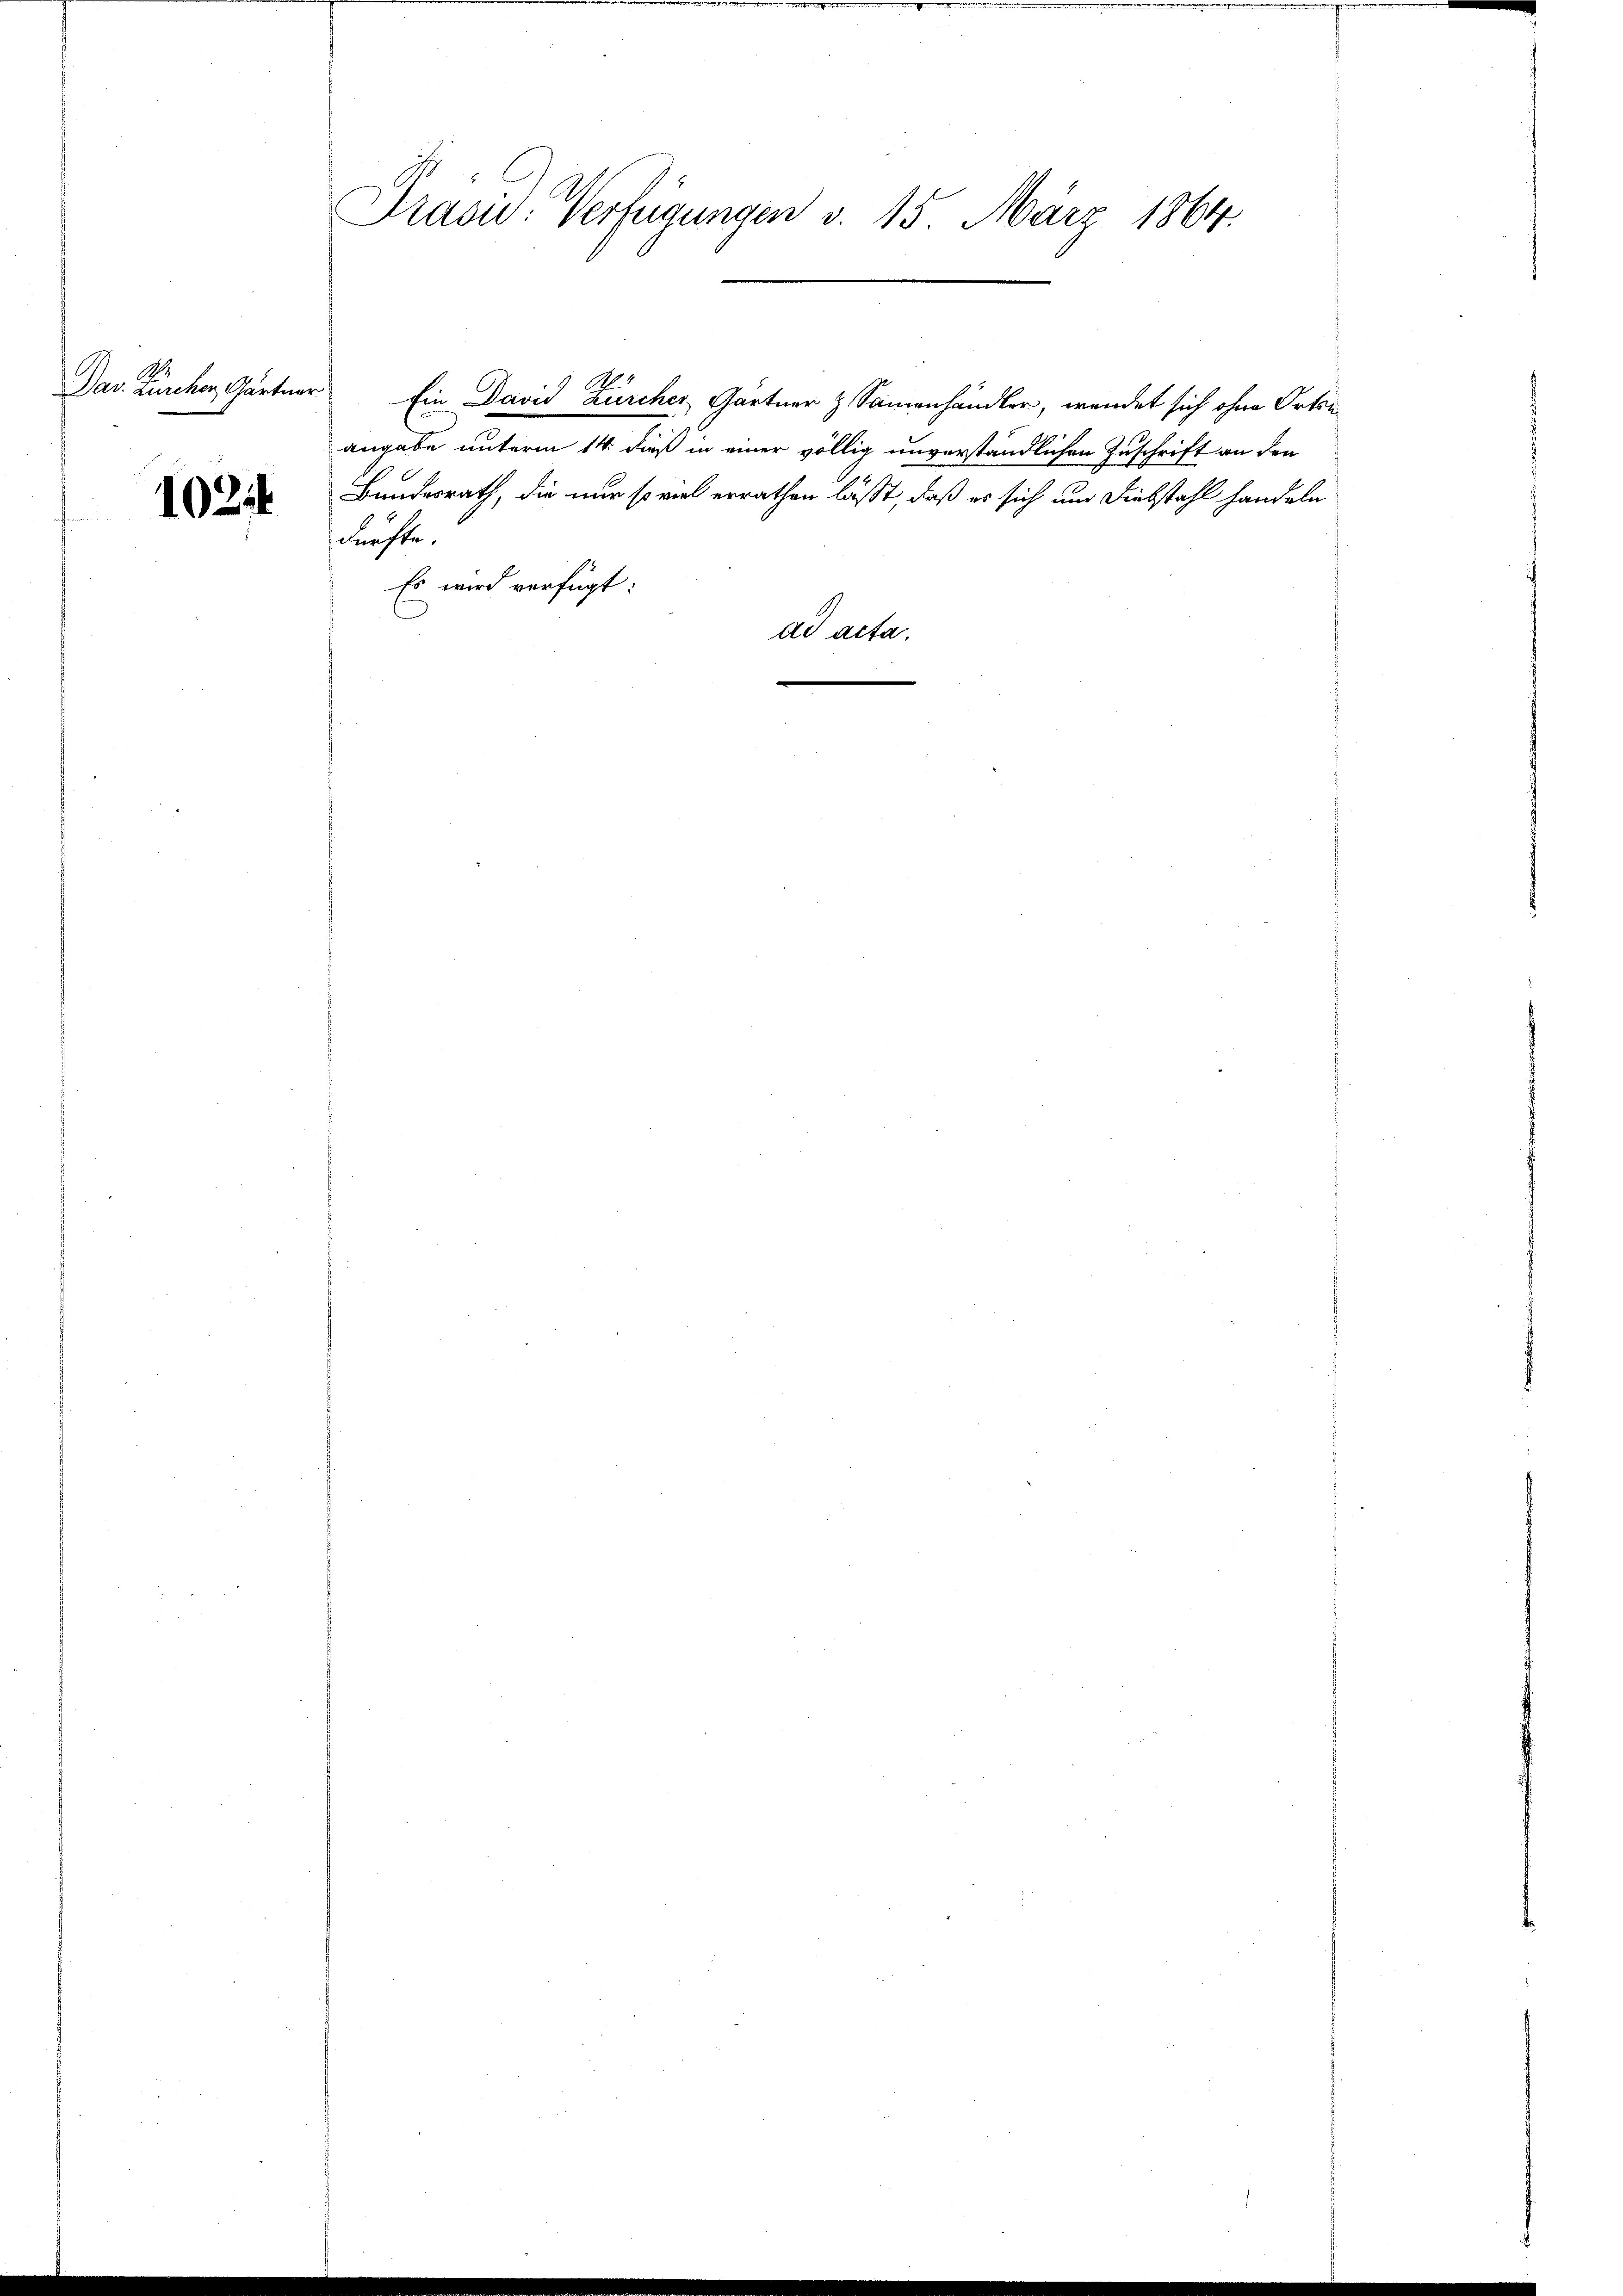
Das Zürcher, Gärtner

1024

Präsid. Verfügungen d. 15. März 1864.

angabe unterm 14. dieß in einer völlig unverständlichen Zuschrift an den
Bundesrath, die nur soviel errathen läßt, daß es sich um Diebstahl handeln
Fürchte.
Es wird verfügt:
ad acta.

Ein David Zürcher, Gartner & Sammenhändler, wendet sich ohne Ortsn